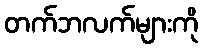
တက်ဘလက်များကို